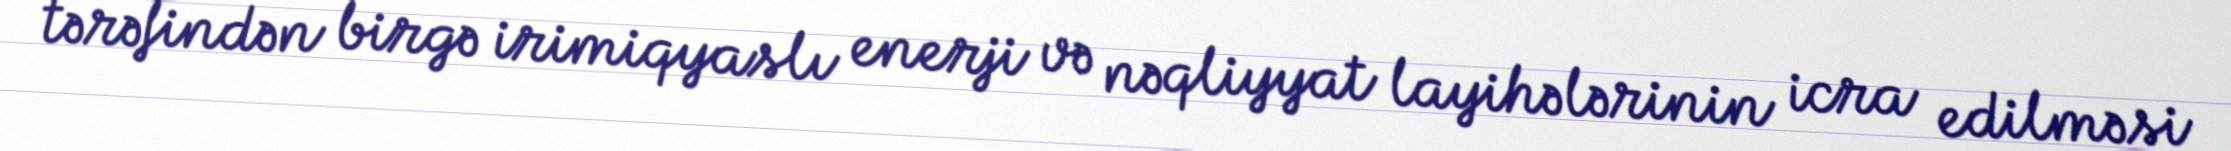
tərəfindən birgə irimiqyaslı enerji və nəqliyyat layihələrinin icra edilməsi